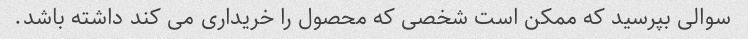
سوالی بپرسید که ممکن است شخصی که محصول را خریداری می کند داشته باشد.